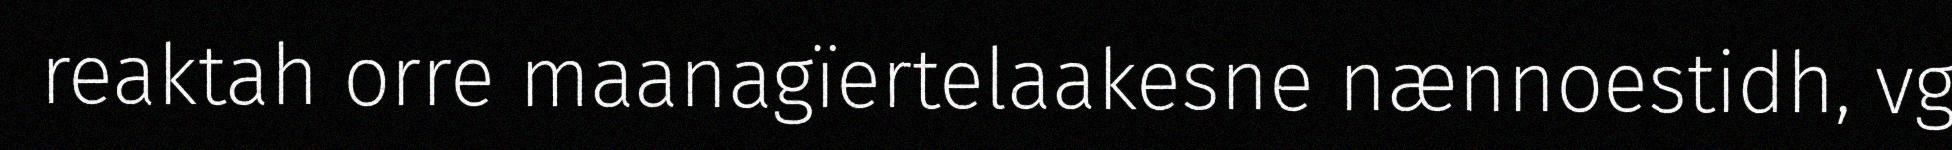
reaktah orre maanagïertelaakesne nænnoestidh, vg